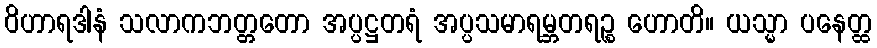
ဝိဟာရဒါနံ သလာကဘတ္တတော အပ္ပဋ္ဌတရံ အပ္ပသမာရမ္ဘတရဉ္စ ဟောတိ။ ယသ္မာ ပနေတ္ထ